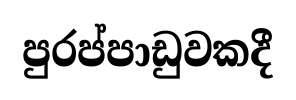
පුරප්පාඩුවකදී